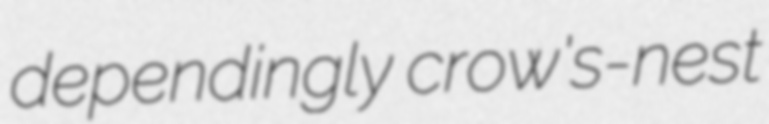
dependingly crow's-nest